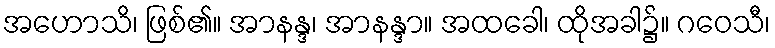
အဟောသိ၊ ဖြစ်၏။ အာနန္ဒ၊ အာနန္ဒာ။ အထခေါ၊ ထိုအခါ၌။ ဂဝေသီ၊